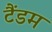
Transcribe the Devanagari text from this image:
टैंडम